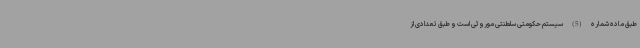
طبق ماده شماره (5) سیستم حکومتی سلطنتی موروثی است و طبق تعدادی از